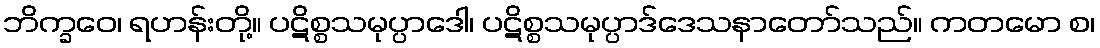
ဘိက္ခဝေ၊ ရဟန်းတို့။ ပဋိစ္စသမုပ္ပာဒေါ၊ ပဋိစ္စသမုပ္ပာဒ်ဒေသနာတော်သည်။ ကတမော စ၊